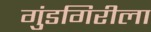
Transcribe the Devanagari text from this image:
गुंडगिरीला